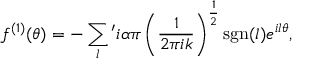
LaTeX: f ^ { \left( 1 \right) } ( \theta ) = - \sum _ { l } { } ^ { \prime } i \alpha \pi \left( \frac { 1 } { 2 \pi i k } \right) ^ { \frac { 1 } { 2 } } \mathrm { s g n } ( l ) e ^ { i l \theta } ,